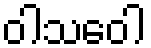
ဝါသဝေါ